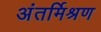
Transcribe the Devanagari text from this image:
अंतर्मिश्रण